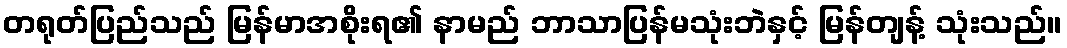
တရုတ်ပြည်သည် မြန်မာအစိုးရ၏ နာမည် ဘာသာပြန်မသုံးဘဲနှင့် မြန်တျန့် သုံးသည်။